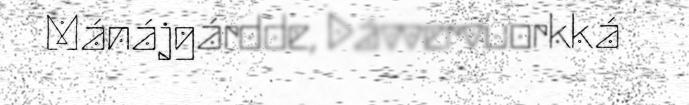
Mánájgárdde, Dávvervuorkká